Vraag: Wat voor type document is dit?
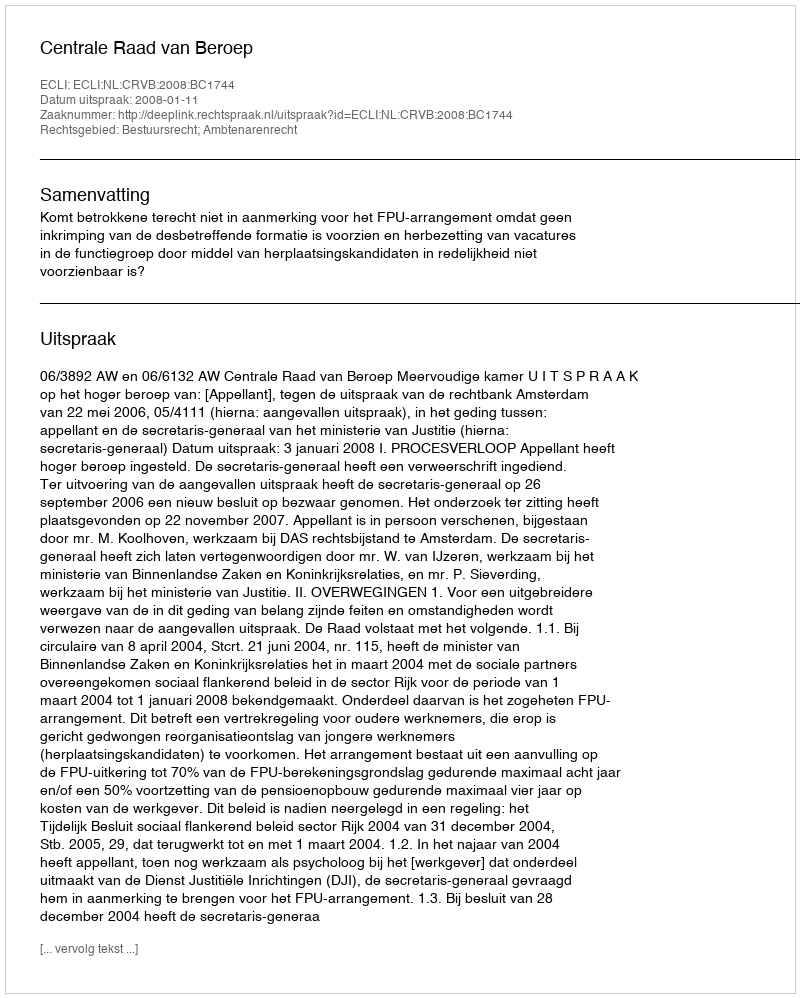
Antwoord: Uitspraak